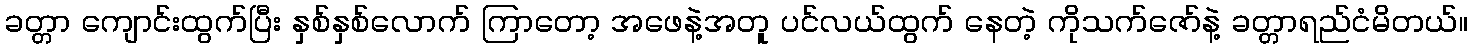
ခတ္တာ ကျောင်းထွက်ပြီး နှစ်နှစ်လောက် ကြာတော့ အဖေနဲ့အတူ ပင်လယ်ထွက် နေတဲ့ ကိုသက်ဇော်နဲ့ ခတ္တာရည်ငံမိတယ်။